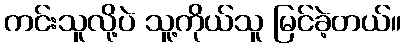
ကင်းသူလို့ပဲ သူ့ကိုယ်သူ မြင်ခဲ့တယ်။